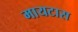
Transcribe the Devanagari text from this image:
मायटास